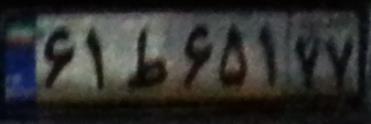
۶۱ط۶۵۱۷۷